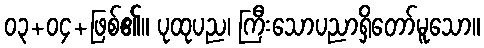
၀၃+၀၄+ဖြစ်၏။ ပုထုပည၊ ကြီးသောပညာရှိတော်မူသော။